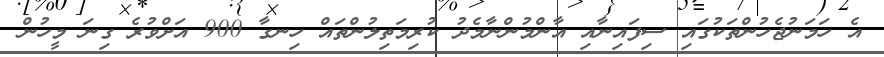
އެ ހަމަނުޖެހުންތަކުގައި ސިފައިނާއި އާންމުންނާމެދު ކުރިމަތިލުންތައް ހިނގާ 900 އަށްވުރެ ގިނަ މީހުން